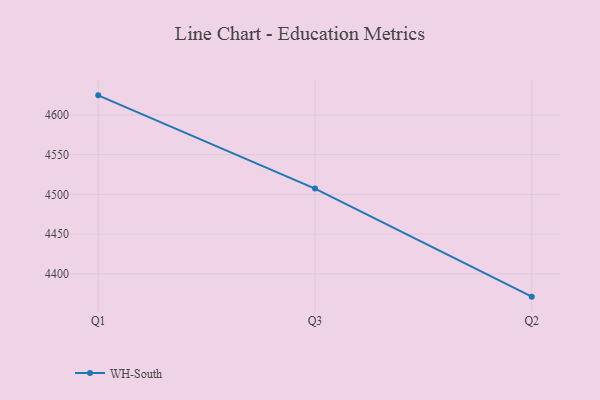
{"axis": {"x": "Quarter", "y": "Tickets Resolved"}, "legend": ["WH-South"], "data": [{"x": "Q1", "y": 4624.7, "type": "WH-South"}, {"x": "Q3", "y": 4507.3, "type": "WH-South"}, {"x": "Q2", "y": 4371.3, "type": "WH-South"}]}